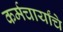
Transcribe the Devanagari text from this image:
कर्मचार्यांचे